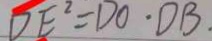
D E ^ { 2 } = D O \cdot D B .